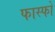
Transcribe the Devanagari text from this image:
फास्फो